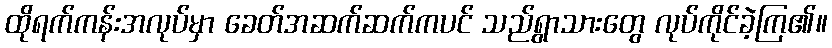
ထိုရက်ကန်းအလုပ်မှာ ခေတ်အဆက်ဆက်ကပင် သည်ရွာသားတွေ လုပ်ကိုင်ခဲ့ကြ၏။